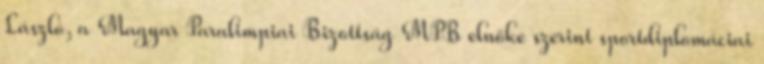
László, a Magyar Paralimpiai Bizottság MPB elnöke szerint sportdiplomáciai